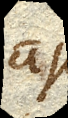
ajo